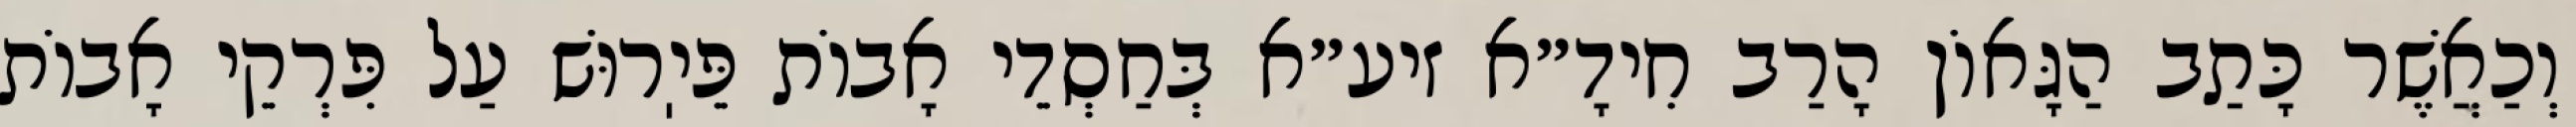
וְכַאֲשֶׁר כָּתַב הַגָּאוֹן הָרַב חִידָ״א זיע״א בְּחַסְדֵי אָבוֹת פֵּיֽרוּשׁ עַל פִּרְקֵי אָבוֹת